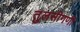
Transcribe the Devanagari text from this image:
तुलसीगणी